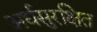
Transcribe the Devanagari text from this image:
अर्धसुरक्षित